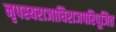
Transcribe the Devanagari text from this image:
नृपस्यराजाधिराजपरिपूजित